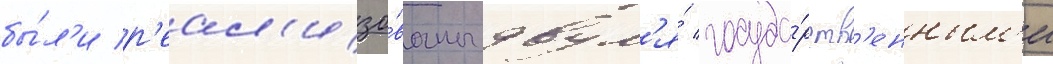
бы́л'и р'еал'изо́ваны двум'я́ госуда́рств'енным'и